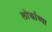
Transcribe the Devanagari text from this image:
लोर्काच्या